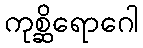
ကုစ္ဆိရောဂေါ